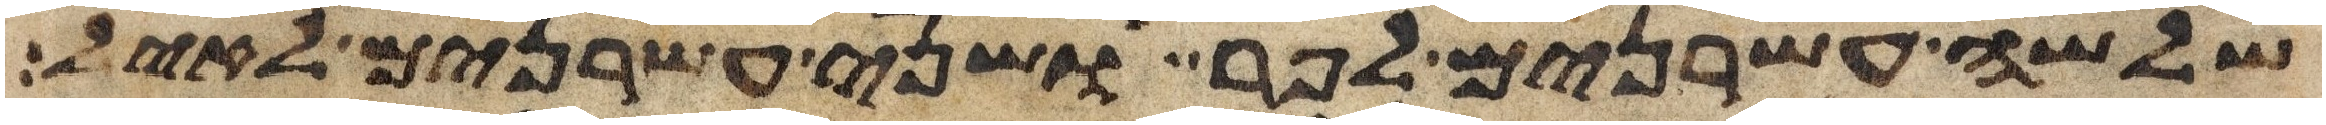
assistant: שלשה עשרנים לפר ושני עשרנים לאיל